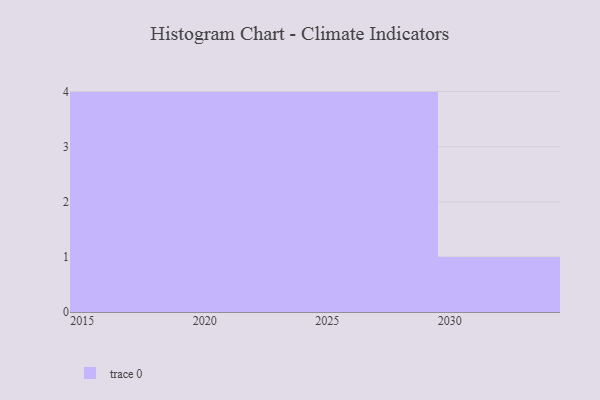
{"axis": {"x": "Year", "y": "Energy Usage (MWh)"}, "legend": [""], "data": [{"x": "2025", "y": 11, "type": ""}, {"x": "2021", "y": 57, "type": ""}, {"x": "2028", "y": 70, "type": ""}, {"x": "2020", "y": 78, "type": ""}, {"x": "2022", "y": 22, "type": ""}, {"x": "2029", "y": 98, "type": ""}, {"x": "2019", "y": 1, "type": ""}, {"x": "2026", "y": 64, "type": ""}, {"x": "2018", "y": 15, "type": ""}, {"x": "2030", "y": 61, "type": ""}, {"x": "2024", "y": 41, "type": ""}, {"x": "2016", "y": 77, "type": ""}, {"x": "2017", "y": 31, "type": ""}]}